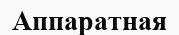
Аппаратная